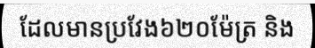
ដែលមានប្រវែង៦២០ម៉ែត្រ និង